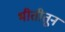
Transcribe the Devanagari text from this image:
भीतीतून